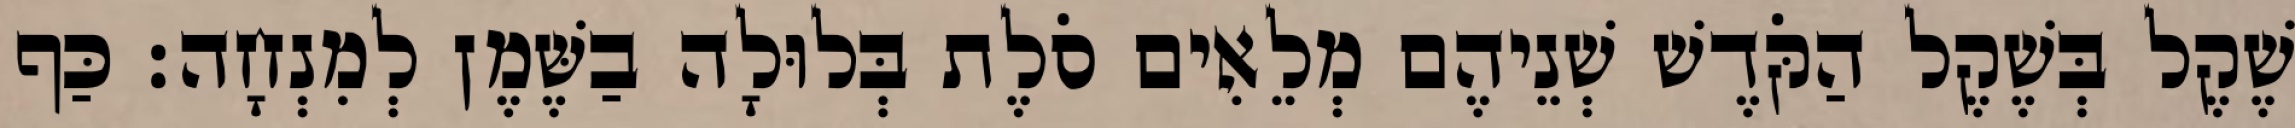
שֶׁקֶל בְּשֶׁקֶל הַקֹּדֶשׁ שְׁנֵיהֶם מְלֵאִים סֹלֶת בְּלוּלָה בַשֶּׁמֶן לְמִנְחָה׃ כַּף